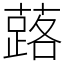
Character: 蕗